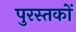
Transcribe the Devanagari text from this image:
पुरस्तकों